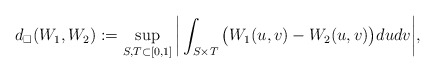
\begin{align*}d_\square(W_1,W_2):=\sup_{S,T\subset [0,1]}\bigg|\int_{S\times T} \big(W_1(u,v)-W_2(u,v) \big)du dv\bigg|,\end{align*}